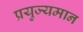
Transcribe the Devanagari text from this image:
प्रयुज्यमान